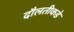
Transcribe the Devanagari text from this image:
दौलतीकडे